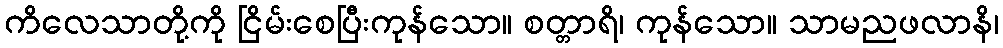
ကိလေသာတို့ကို ငြိမ်းစေပြီးကုန်သော။ စတ္တာရိ၊ ကုန်သော။ သာမညဖလာနိ၊